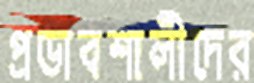
প্রভাবশালীদের